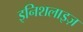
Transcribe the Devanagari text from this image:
इनिशलाइज़